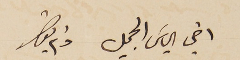
اخي الياسَ الجميل دام بقاك